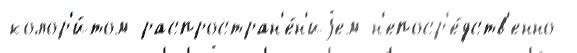
колор'и́том распростран'е́н'иjем н'епоср'е́дств'енно